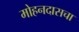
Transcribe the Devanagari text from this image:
मोहनदासचा